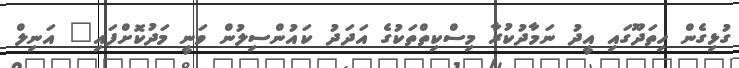
ގުޅިގެން ހިތަދޫގައި އީދު ނަމާދުކުރާ މިސްކިތްތަކުގެ އަދަދު ކައުންސިލުން ވަނީ މަދުކޮށްފައި" އަނިލް